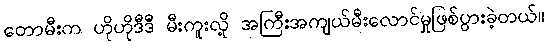
တောမီးက ဟိုဟိုဒီဒီ မီးကူးလို့ အကြီးအကျယ်မီးလောင်မှုဖြစ်ပွားခဲ့တယ်။